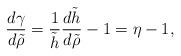
LaTeX: \begin{align*} \frac{d\gamma}{d\tilde{\rho}}=\frac{1}{\tilde{h}}\frac{d\tilde{h}}{d\tilde{\rho}}-1=\eta-1,\end{align*}